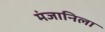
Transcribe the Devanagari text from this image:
मंजानिला